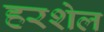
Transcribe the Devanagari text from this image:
हरशेल